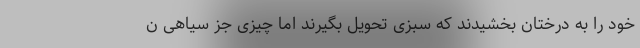
خود را به درختان بخشیدند که سبزی تحویل بگیرند اما چیزی جز سیاهی ن